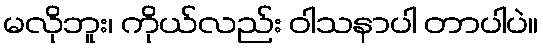
မလိုဘူး၊ ကိုယ်လည်း ဝါသနာပါ တာပါပဲ။